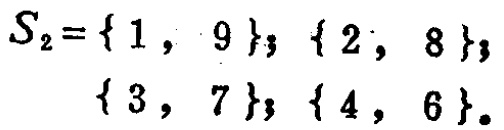
\[
\begin{align*}
S_{2}&=\{1,9\};\{2,8\};\\
&\{3,7\};\{4,6\}.
\end{align*}
\]